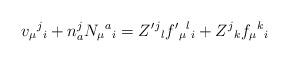
LaTeX: \begin{align*}v_{\mu }{}^{j}{}_{i} + n^{j}_{a} N_{\mu }{}^{a}{}_{i} =Z'{}^{j}{}_{l} f'{}_{\mu }{}^{l}{}_{i} + Z^{j}{}_{k} f_{\mu }{}^{k}{}_{i}\end{align*}